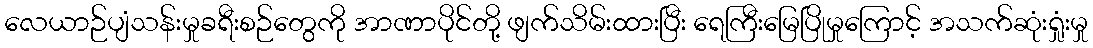
လေယာဉ်ပျံသန်းမှုခရီးစဉ်တွေကို အာဏာပိုင်တို့ ဖျက်သိမ်းထားပြီး ရေကြီးမြေပြိုမှုကြောင့် အသက်ဆုံးရှုံးမှု